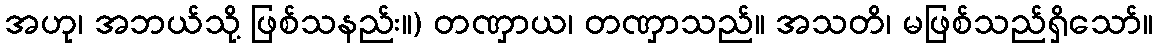
အဟု၊ အဘယ်သို့ ဖြစ်သနည်း။) တဏှာယ၊ တဏှာသည်။ အသတိ၊ မဖြစ်သည်ရှိသော်။